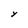
Character: Y